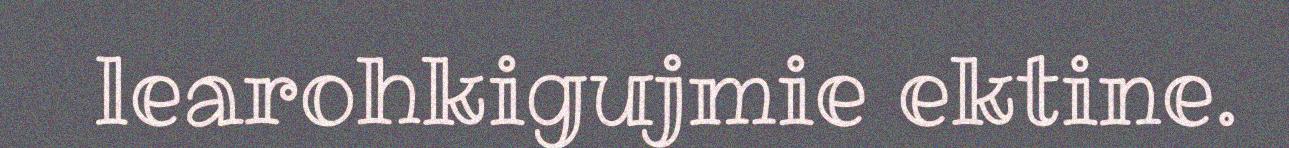
learohkigujmie ektine.